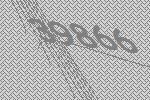
39866